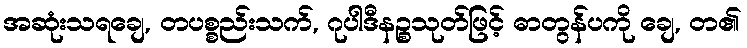
အဆုံးသရချေ, တပစ္စည်းသက်, ဂုပါဒီနဉ္စသုတ်ဖြင့် ဓာတွန်ပကို ချေ, တ၏